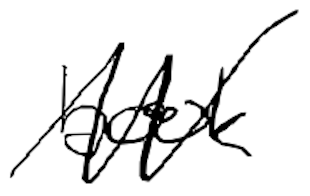
Text: book
Cross-out: zig-zag
Writing tool: digital_black